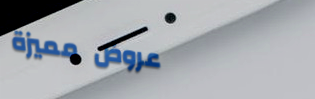
عروض مميزة